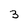
Character: 3